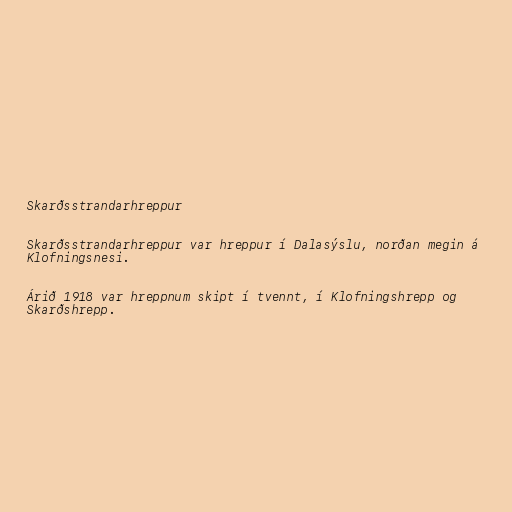
Skarðsstrandarhreppur

Skarðsstrandarhreppur var hreppur í Dalasýslu, norðan megin á
Klofningsnesi.

Árið 1918 var hreppnum skipt í tvennt, í Klofningshrepp og
Skarðshrepp.